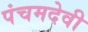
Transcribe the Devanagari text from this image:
पंचमदेवी